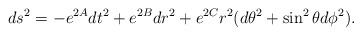
LaTeX: \begin{align*}ds^2=-e^{2A}dt^2+e^{2B}dr^2+e^{2C}r^2(d\theta^2+\sin^2\theta d\phi^2).\end{align*}